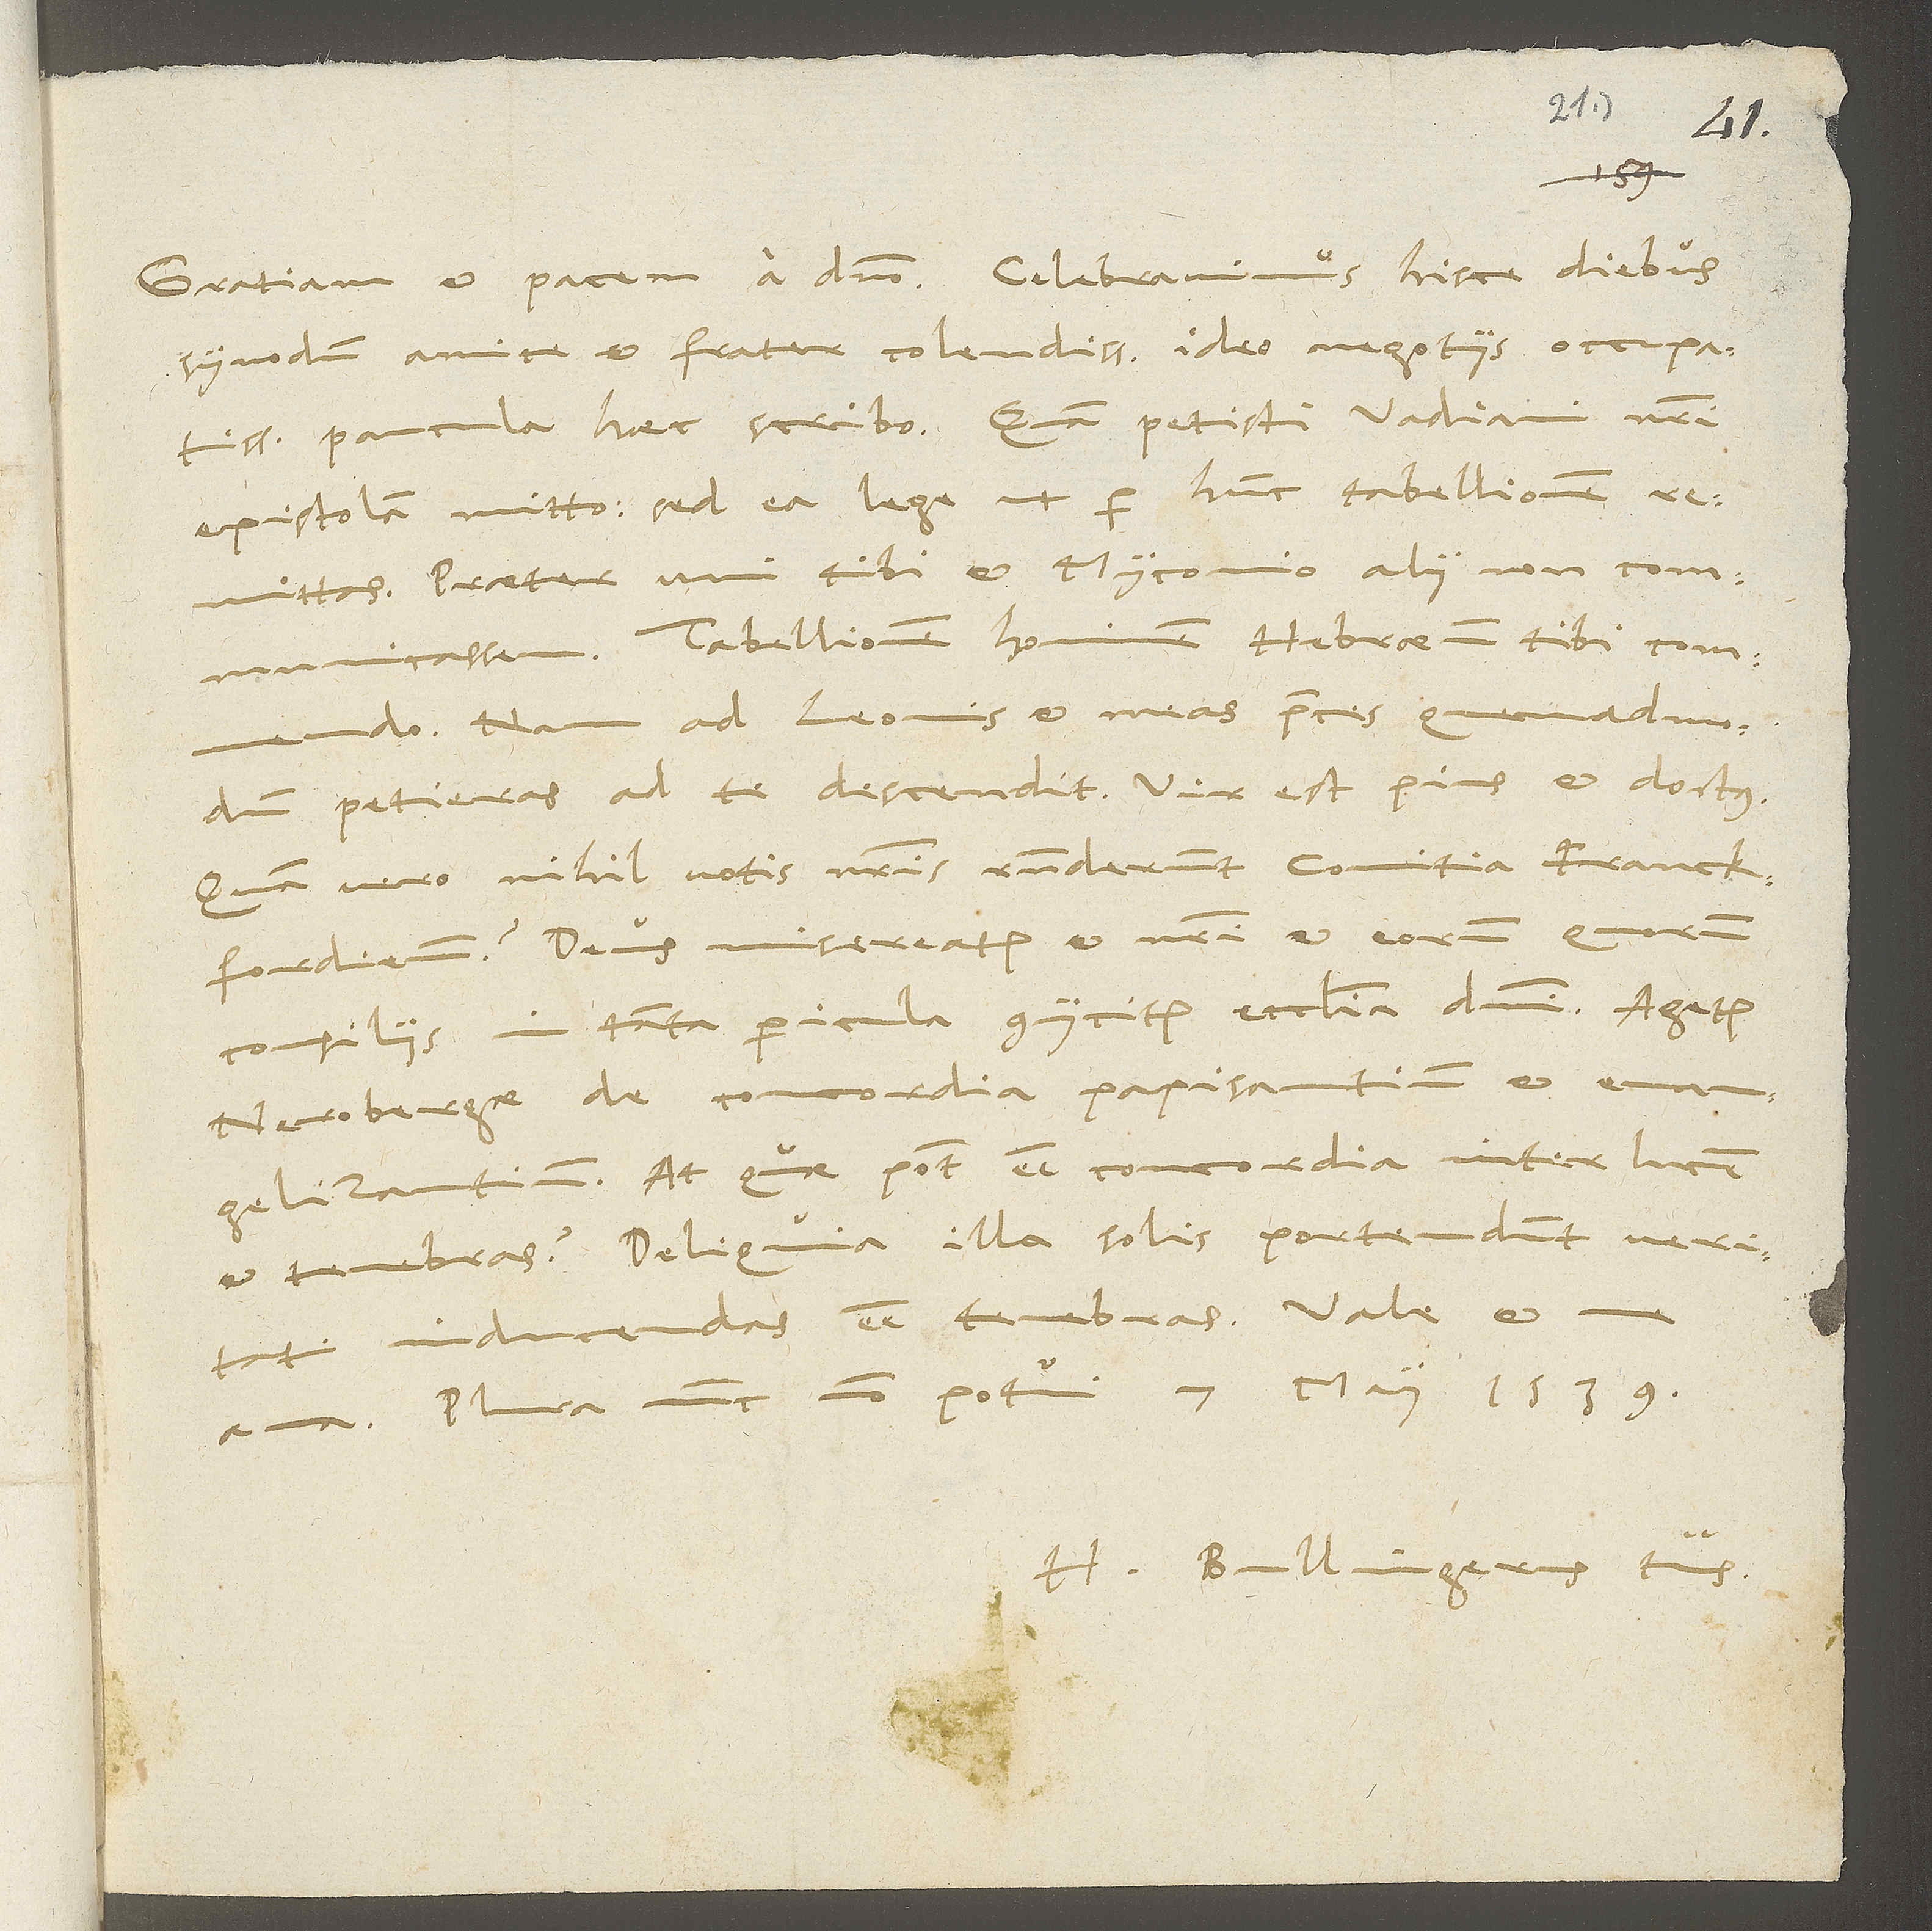
synodum, amice et frater colendissime; ideo negotiis occupatissimus
paucula haec scribo. Quam petisti, Vadiani nostri
epistolam mitto, sed ea lege, ut per hunc tabellionem
remittas. Praeter uni tibi et Myconio alii non communicassem.
Tabellionem, hominem Hebraeum, tibi commendo.
Nam ad Leonis et meas preces, quemadmodum
petieras, ad te descendit. Vir est pius et doctus.
Quam vero nihil votis nostris responderunt comitia Franckfordiensia!
Deus misereatur et nostri et eorum, quorum
consiliis in tanta pericula coniicitur ecclesia domini. Agetur
Nerobergae de concordia papisantium et evangelizantium.
quae potest esse concordia inter lucem
et tenebras? Deliquia illa solis portendunt veritati
inducendas esse tenebras.
ama. Plura nunc non potui. 7. maii 1539.
H. Bullingerus tuus.